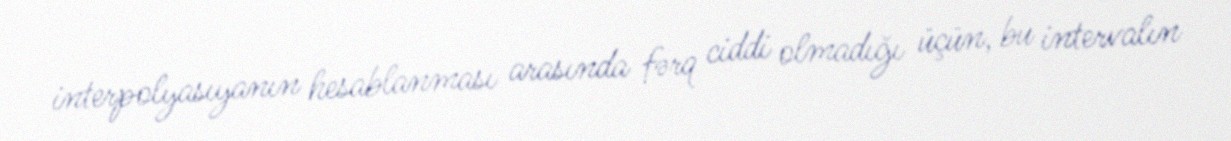
interpolyasıyanın hesablanması arasında fərq ciddi olmadığı üçün, bu intervalın